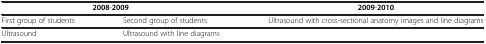
<table><thead><tr><td colspan="2"><b>2008-2009</b></td><td><b>2009-2010</b></td></tr></thead><tbody><tr><td>First group of students</td><td>Second group of students</td><td>Ultrasound with cross-sectional anatomy images and line diagrams</td></tr><tr><td>Ultrasound</td><td>Ultrasound with line diagrams</td><td> </td></tr></tbody></table>